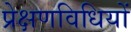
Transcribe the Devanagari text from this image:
प्रेक्षणविधियों